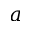
a